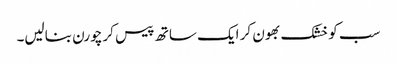
سب کو خشک بھون کر ایک ساتھ پیس کر چورن بنالیں۔